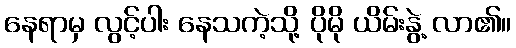
နေရာမှ လွင့်ပါး နေသကဲ့သို့ ပိုမို ယိမ်းနွဲ့ လာ၏။